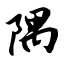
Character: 隅